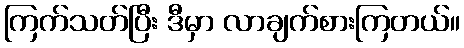
ကြက်သတ်ပြီး ဒီမှာ လာချက်စားကြတယ်။